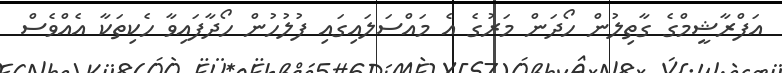
އަފްރާޝީމްގެ ގާތިލުން ހޯދަން މަރުގެ އެ މައްސަލައިގައި ފުލުހުން ހޯދާފައިވާ ހެކިތަކާ އެއްވެސް